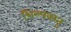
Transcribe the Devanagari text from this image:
शिल्पवस्तु